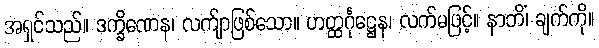
အရှင်သည်။ ဒက္ခိဏေန၊ လက်ျာဖြစ်သော။ ဟတ္ထင်္ဂုဋ္ဌေန၊ လက်မဖြင့်။ နာဘိံ၊ ချက်ကို။